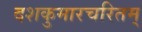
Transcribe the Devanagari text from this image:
दशकुमारचरितम्